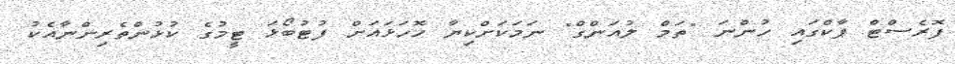
ފޮރެސްޓް ޕާކްގައި ހުންނަ "ތަމް ލުއަންގް" ނަމަކަށްކިޔާ ހޮހަޅައަށް ފުޓުބޯޅަ ޓީމުގެ ކުޅުންތެރިންނާއެކު